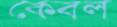
কেবল